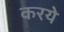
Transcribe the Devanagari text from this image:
करये